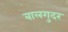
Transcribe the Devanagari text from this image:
बालगुदर